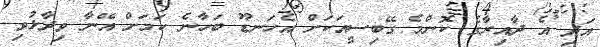
އަދި އެ ދާއިރާގެ ކޮންމެ ގޭބިސީއަކަށް އެހަނޑޫ ބަހާނެ ކަމަށް އޭނާ ވިދާޅުވި